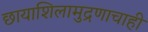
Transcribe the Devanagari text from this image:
छायाशिलामुद्रणाचाही